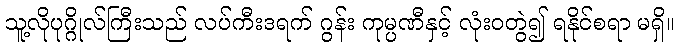
သူ့လိုပုဂ္ဂိုလ်ကြီးသည် လပ်ကီးဒရက် ဂွန်း ကုမ္ပဏီနှင့် လုံးဝတွဲ၍ ရနိုင်စရာ မရှိ။